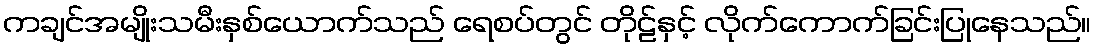
ကချင်အမျိုးသမီးနှစ်ယောက်သည် ရေစပ်တွင် တိုဠ်နှင့် လိုက်ကောက်ခြင်းပြုနေသည်။